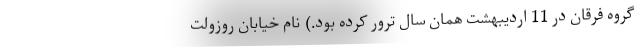
گروه فرقان در 11 اردیبهشت همان سال ترور کرده بود.) نام خیابان روزولت